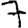
Digit: 7